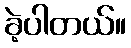
ခဲ့ပါတယ်။